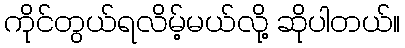
ကိုင်တွယ်ရလိမ့်မယ်လို့ ဆိုပါတယ်။